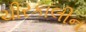
ચીરકાલીન